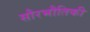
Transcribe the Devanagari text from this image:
सौरभौतिकी